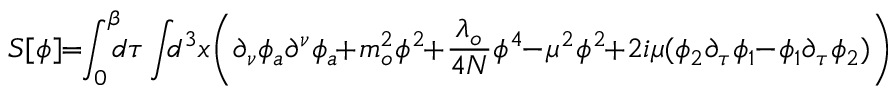
S [ \phi ] \! \! = \! \! \int _ { 0 } ^ { \beta } \! \! \! d \tau \int \! \! \! d ^ { 3 } x \! \left( \partial _ { \nu } \phi _ { a } \partial ^ { \nu } \phi _ { a } \! \! + \! m _ { o } ^ { 2 } \phi ^ { 2 } \! \! + \! \frac { \lambda _ { o } } { 4 N } \phi ^ { 4 } \! \! - \! \mu ^ { 2 } \phi ^ { 2 } \! \! + \! 2 i \mu ( \phi _ { 2 } \partial _ { \tau } \phi _ { 1 } \! \! - \! \phi _ { 1 } \partial _ { \tau } \phi _ { 2 } ) \right)